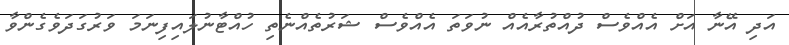
އަދި އޭނާ އަށް އެއްވެސް ދުއްތުރާއެއް ނުވަތަ އެއްވެސް ޝަރުތެއްނެތި ހުއްޓާނުލައިފިނަމަ ވަރުގަދަވެގެންވާ